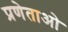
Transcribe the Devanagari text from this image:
प्रणेताओ